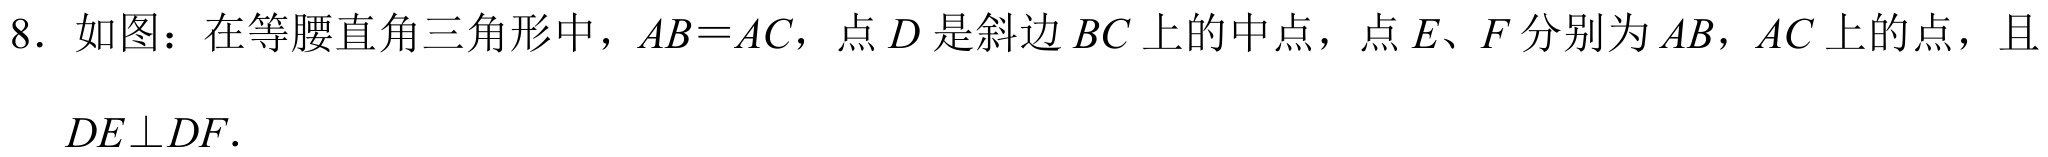
8. 如图：在等腰直角三角形中，\(AB = AC\)，点\(D\)是斜边\(BC\)上的中点，点\(E\)、\(F\)分别为\(AB\)，\(AC\)上的点，且\(DE\perp DF\).